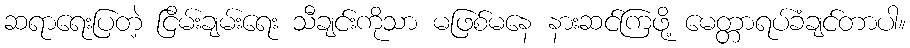
ဆရာရေးပြတဲ့ ငြိမ်းချမ်းရေး သီချင်းကိုသာ မဖြစ်မနေ နားဆင်ကြဖို့ မေတ္တာရပ်ခံချင်တာပါ။